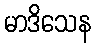
မာဒိသေန